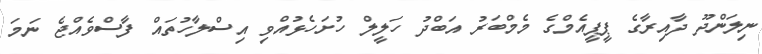
ނިލަންދޫ ދާއިރާގެ ޕީޕީއެމްގެ މެމްބަރު އަބްދު ހަލީލް ހުށަހެޅުއްވި އިސްލާހުތައް ފާސްވެއްޖެ ނަމަ